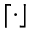
\lceil \cdot \rfloor